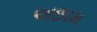
અછામ